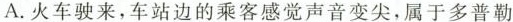
A.火车驶来，车站边的乘客感觉声音变尖，属于多普勒